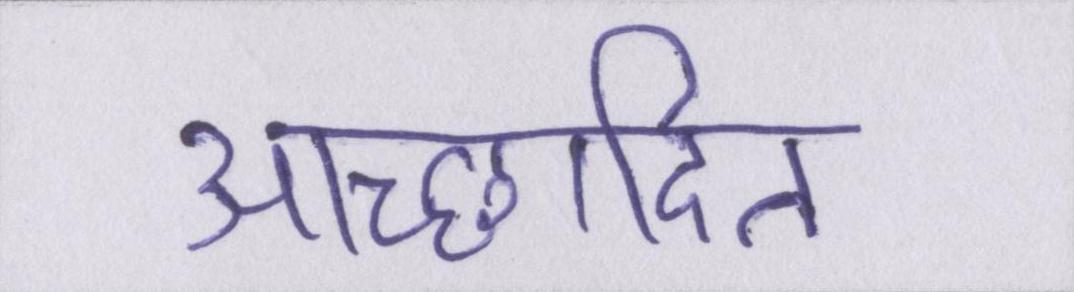
आच्छादित